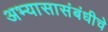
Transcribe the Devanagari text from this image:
अभ्यासासंबंधीचे